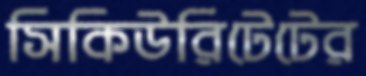
সিকিউরিটেটের